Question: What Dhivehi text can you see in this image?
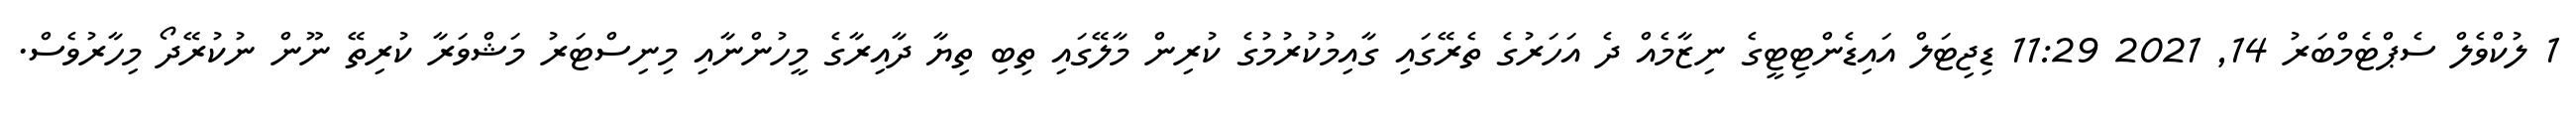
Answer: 1 ލުކްވެލް ސެޕްޓެމްބަރު 14, 2021 11:29 ޑިޖިޓަލް އައިޑެންޓިޓީގެ ނިޒާމެއް ދެ އަހަރުގެ ތެރޭގައި ގާއިމުކުރުމުގެ ކުރިން މާލޭގައި ތިބި ތިޔާ ދާއިރާގެ މީހުންނާއި މިނިސްޓަރު މަޝްވަރާ ކުރިތޭ ނޫން ނުކުރޭދޯ މިހާރުވެސް.